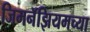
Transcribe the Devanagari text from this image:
जिमनॅझियमच्या